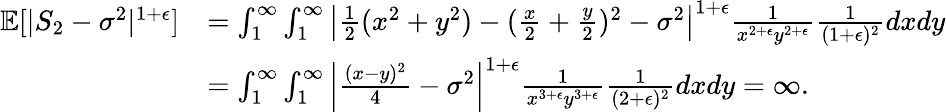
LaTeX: \begin{array}{rl}{\mathbb{E}[|S_{2}-\sigma^{2}|^{1+\epsilon}]}&{=\int_{1}^{\infty}\int_{1}^{\infty}\left|\frac{1}{2}(x^{2}+y^{2})-(\frac{x}{2}+\frac{y}{2})^{2}-\sigma^{2}\right|^{1+\epsilon}\frac{1}{x^{2+\epsilon}y^{2+\epsilon}}\frac{1}{(1+\epsilon)^{2}}dxdy}\\ &{=\int_{1}^{\infty}\int_{1}^{\infty}\left|\frac{(x-y)^{2}}{4}-\sigma^{2}\right|^{1+\epsilon}\frac{1}{x^{3+\epsilon}y^{3+\epsilon}}\frac{1}{(2+\epsilon)^{2}}dxdy=\infty.}\end{array}